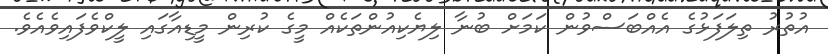
އުތުރު ތިލަފަޅުގެ އެއްބަސްވުން ކަމަށް ބުނާ ލިޔެކިއުންތަކެއް މީގެ ކުރިން މީޑިއާގައި ލީކްވެފައިވެއެވެ.